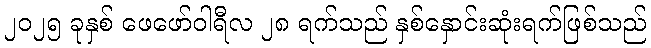
၂၀၂၅ ခုနှစ် ဖေဖော်ဝါရီလ ၂၈ ရက်သည် နှစ်နှောင်းဆုံးရက်ဖြစ်သည်